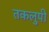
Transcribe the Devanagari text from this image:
तकलुपी